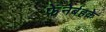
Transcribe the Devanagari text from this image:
फेनेर्बहके